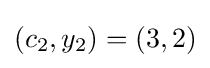
(c_{2},y_{2})=(3,2)